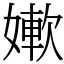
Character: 㜛